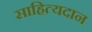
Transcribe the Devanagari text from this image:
साहित्यदान